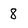
Character: 8